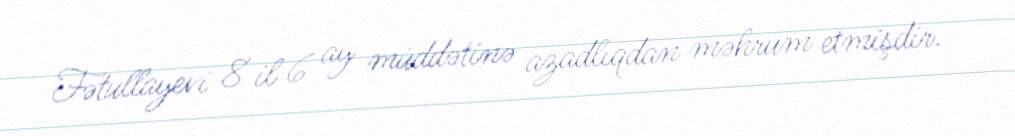
Fətullayevi 8 il 6 ay müddətinə azadlıqdan məhrum etmişdir.